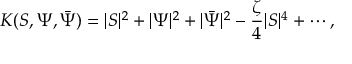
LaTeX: K ( S , \Psi , \bar { \Psi } ) = | S | ^ { 2 } + | \Psi | ^ { 2 } + | \bar { \Psi } | ^ { 2 } - \frac { \zeta } { 4 } | S | ^ { 4 } + \cdots ,